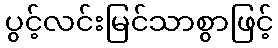
ပွင့်လင်းမြင်သာစွာဖြင့်